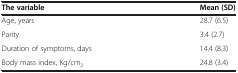
<table><thead><tr><td><b>The variable</b></td><td><b>Mean (SD)</b></td></tr></thead><tbody><tr><td>Age, years</td><td>28.7 (6.5)</td></tr><tr><td>Parity</td><td>3.4 (2.7)</td></tr><tr><td>Duration of symptoms, days</td><td>14.4 (8.3)</td></tr><tr><td>Body mass index, Kg/cm<sub>2</sub></td><td>24.8 (3.4)</td></tr></tbody></table>